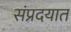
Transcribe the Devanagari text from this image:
संप्रदयात